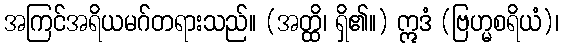
အကြင်အရိယမဂ်တရားသည်။ (အတ္ထိ၊ ရှိ၏။) ဣဒံ (ဗြဟ္မစရိယံ)၊